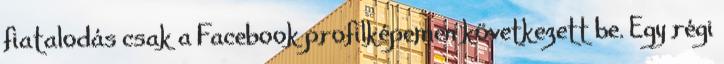
fiatalodás csak a Facebook profilképemen következett be. Egy régi